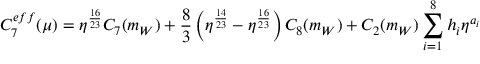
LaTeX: C _ { 7 } ^ { e f f } ( \mu ) = \eta ^ { \frac { 1 6 } { 2 3 } } C _ { 7 } ( m _ { W } ) + \frac { 8 } { 3 } \left( \eta ^ { \frac { 1 4 } { 2 3 } } - \eta ^ { \frac { 1 6 } { 2 3 } } \right) C _ { 8 } ( m _ { W } ) + C _ { 2 } ( m _ { W } ) \sum _ { i = 1 } ^ { 8 } h _ { i } \eta ^ { a _ { i } }